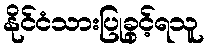
နိုင်ငံသားပြုခွင့်ရသူ